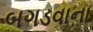
બગડવાના